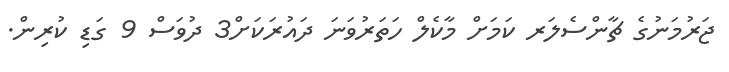
ޖަރުމަނުގެ ޗާންސެލަރ ކަމަށް މާކެލް ހަތަރުވަނަ ދައުރަކަށް3 ދުވަސް 9 ގަޑި ކުރިން.